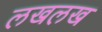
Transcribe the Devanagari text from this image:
लखलख